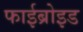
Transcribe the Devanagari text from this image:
फाईब्रोइड